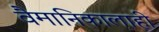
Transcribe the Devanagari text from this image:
वैमानिकालाही